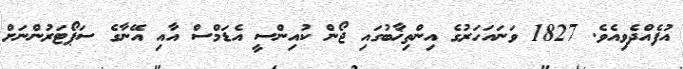
އުފެއްދެވިއެވެ. 1827 ވަނައަހަރުގެ އިންތިޚާބުގައި ޖޯން ކުއިންސީ އެޑަމްސް އާއި އޭނާގެ ސަޕޯޓަރުންނަށް